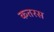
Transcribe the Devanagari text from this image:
कतरस